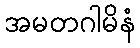
အမတဂါမိနံ